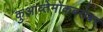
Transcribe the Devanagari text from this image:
कुआव्तेमोकबरोबर